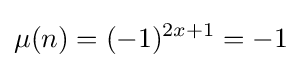
\mu (n)=(-1)^{2x+1}=-1